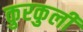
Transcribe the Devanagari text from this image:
कुरकुली